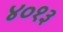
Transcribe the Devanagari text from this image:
४०१३